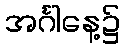
အင်္ဂါနေ့၌